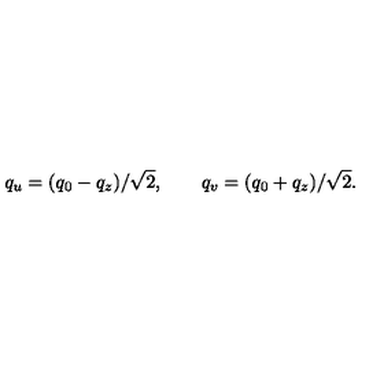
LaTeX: q _ { u } = ( q _ { 0 } - q _ { z } ) / \sqrt { 2 } , \qquad q _ { v } = ( q _ { 0 } + q _ { z } ) / \sqrt { 2 } .